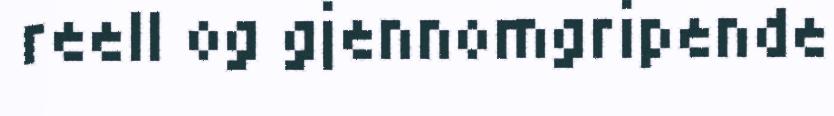
reell og gjennomgripende